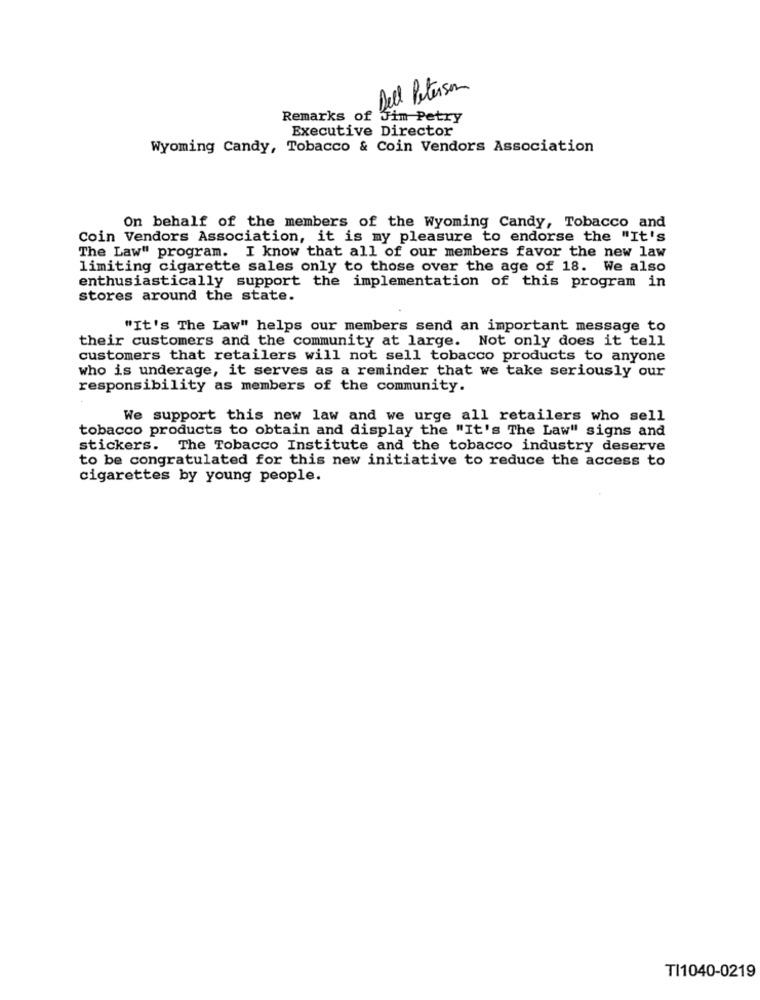
Dell Peterson
Remarks of Jim Petry
Executive Director
Wyoming Candy, Tobacco & Coin Vendors Association
On behalf of the members of the Wyoming Candy, Tobacco and
Coin Vendors Association, it is my pleasure to endorse the "It's
The Law" program. I know that all of our members favor the new law
limiting cigarette sales only to those over the age of 18. We also
enthusiastically support the implementation of this program in
stores around the state.
"It's The Law" helps our members send an important message to
their customers and the community at large. Not only does it tell
customers that retailers will not sell tobacco products to anyone
who is underage, it serves as a reminder that we take seriously our
responsibility as members of the community.
We support this new law and we urge all retailers who sell
tobacco products to obtain and display the "It's The Law" signs and
stickers. The Tobacco Institute and the tobacco industry deserve
to be congratulated for this new initiative to reduce the access to
cigarettes by young people.
TI1040-0219